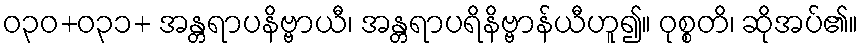
ဝ၃၀+၀၃၁+ အန္တရာပနိဗ္ဗာယီ၊ အန္တရာပရိနိဗ္ဗာန်ယီဟူ၍။ ဝုစ္စတိ၊ ဆိုအပ်၏။